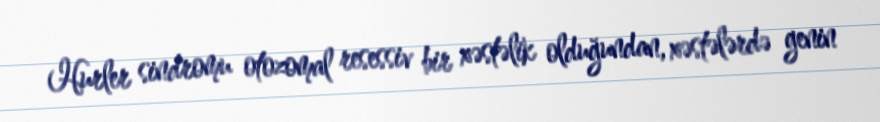
Hurler sindromu otozomal resessiv bir xəstəlik olduğundan, xəstələrdə genin